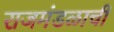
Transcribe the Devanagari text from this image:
राजमंडळाची